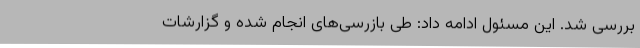
بررسی شد. این مسئول ادامه داد: طی بازرسی‌های انجام شده و گزارشات